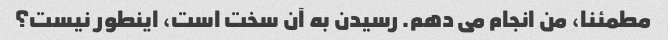
مطمئنا، من انجام می دهم. رسیدن به آن سخت است، اینطور نیست؟